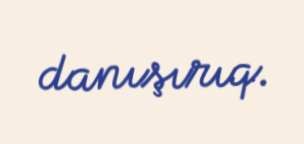
danışırıq.